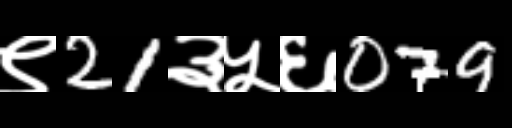
Text: ९21३५६079